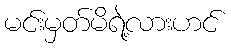
မင်းမှတ်မိရဲ့လားဟင်